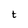
Character: t